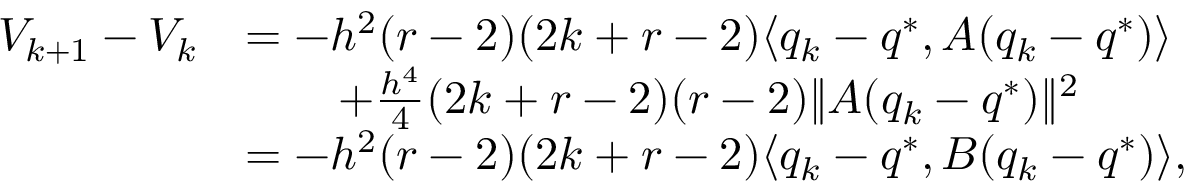
\begin{array} { r l } { V _ { k + 1 } - V _ { k } } & { = - h ^ { 2 } ( r - 2 ) ( 2 k + r - 2 ) \langle q _ { k } - q ^ { * } , A ( q _ { k } - q ^ { * } ) \rangle } \\ & { \quad \quad + \frac { h ^ { 4 } } { 4 } ( 2 k + r - 2 ) ( r - 2 ) \| A ( q _ { k } - q ^ { * } ) \| ^ { 2 } } \\ & { = - h ^ { 2 } ( r - 2 ) ( 2 k + r - 2 ) \langle q _ { k } - q ^ { * } , B ( q _ { k } - q ^ { * } ) \rangle , } \end{array}